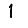
Digit: 1